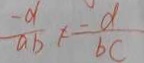
\frac { - a } { a b } \neq \frac { - d } { b c }